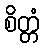
စိတ္တံ